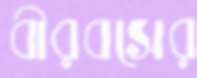
বীরবসের